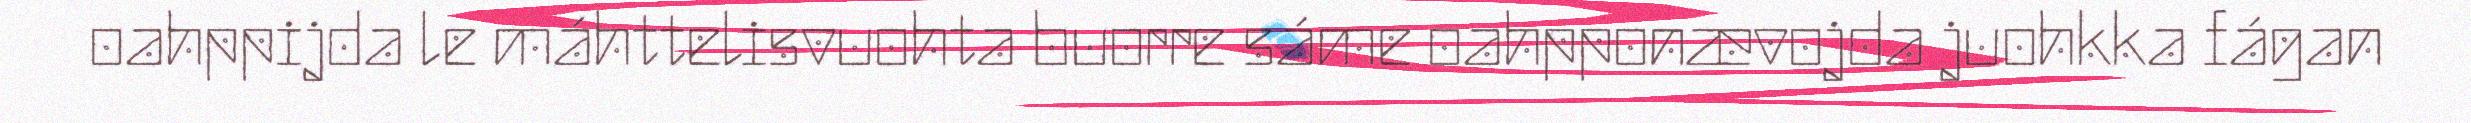
oahppijda le máhttelisvuohta buorre sáme oahpponævojda juohkka fágan